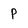
Character: P